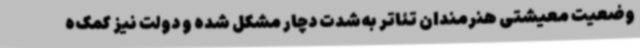
وضعیت معیشتی هنرمندان تئاتر به‌شدت دچار مشکل شده و دولت نیز کمک‌ه